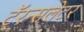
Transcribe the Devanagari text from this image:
टॅ्रन्सलेटर